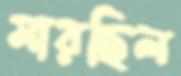
মারছিল